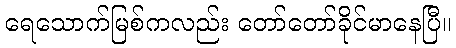
ရေသောက်မြစ်ကလည်း တော်တော်ခိုင်မာနေပြီ။